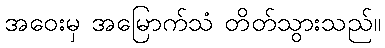
အဝေးမှ အမြောက်သံ တိတ်သွားသည်။